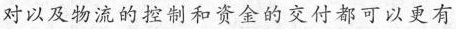
对以及物流的控制和资金的交付都可以更有